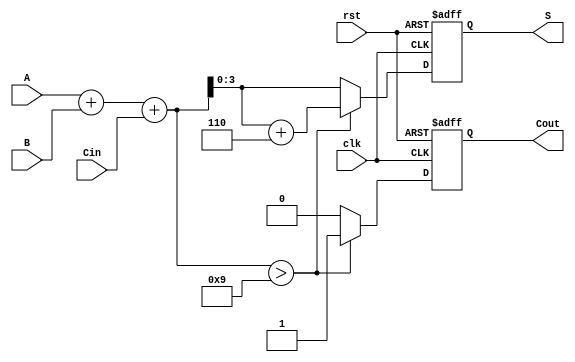
module BCD_Sequential_Adder (
    input wire clk,         // Clock input
    input wire rst,         // Reset input
    input wire [3:0] A,     // Input BCD digit A
    input wire [3:0] B,     // Input BCD digit B
    input wire Cin,         // Carry-in from previous operation
    output reg [3:0] S,     // Output BCD result
    output reg Cout         // Carry-out
);

    reg [4:0] sum;          // Store the 5-bit sum of A, B, and Cin

    always @(posedge clk or posedge rst) begin
        if (rst) begin
            S <= 4'b0000;   // Reset output BCD result
            Cout <= 1'b0;   // Reset carry-out
        end else begin
            // Calculate the sum of A, B, and Cin
            sum = A + B + Cin;

            // Check if the sum is greater than 9 (1001 in binary)
            if (sum > 4'd9) begin
                sum = sum + 5'd6; // Adjust the sum by adding 6
                Cout = 1'b1;      // Set carry-out
            end else begin
                Cout = 1'b0;      // No carry-out
            end
            
            // Assign the result to S (keep only the lower 4 bits)
            S = sum[3:0];
        end
    end
endmodule